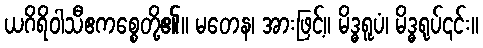
ယဂိရိဝါသီဧကစ္စေတို့၏။ မတေန၊ အားဖြင့်။ မိဒ္ဓရူပံ၊ မိဒ္ဓရုပ်၎င်း။